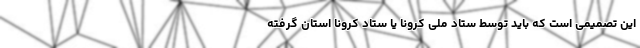
این تصمیمی است که باید توسط ستاد ملی کرونا یا ستاد کرونا استان گرفته